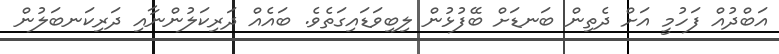
އަބްދުއް ފަހުމީ އަށް ދެތިން ބަނޑަށް ބޭފުޅުން ލިބިވަޑައިގަތެވެ. ބައެއް ދަރިކަލުންނާއި ދަރިކަނބަލުން